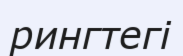
рингтегі